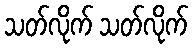
သတ်လိုက် သတ်လိုက်